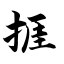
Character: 捱